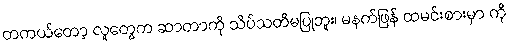
တကယ်တော့ လူတွေက ဆာတာကို သိပ်သတိမပြုဘူး၊ မနက်ဖြန် ထမင်းစားမှာ ကို